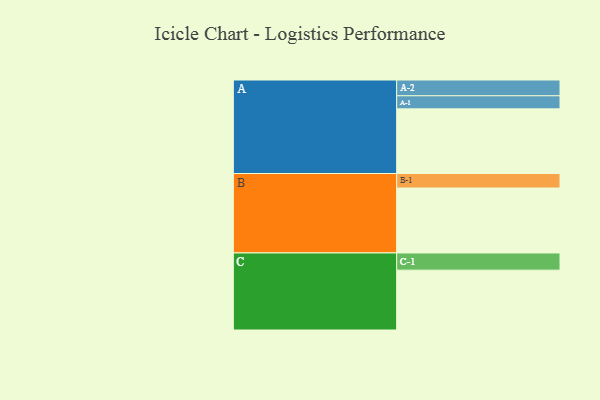
{"axis": {"x": "Segment", "y": "Value"}, "legend": ["", "A", "B", "C"], "data": [{"x": "A", "y": 459, "type": ""}, {"x": "B", "y": 461, "type": ""}, {"x": "C", "y": 425, "type": ""}, {"x": "A-1", "y": 93, "type": "A"}, {"x": "A-2", "y": 112, "type": "A"}, {"x": "B-1", "y": 103, "type": "B"}, {"x": "C-1", "y": 122, "type": "C"}]}